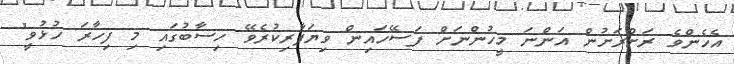
އެހެންވެ ރަށްރަށުން އަންނަ މީހުންނަށް ފަސޭހައިން ވިޔަފާރިކުރެވޭ ހިސާބުގައި މި ފިހާރަ ހުޅުވީ"